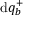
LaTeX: \mathrm { d } q _ { b } ^ { + }